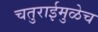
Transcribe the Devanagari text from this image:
चतुराईमुळेच